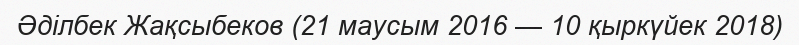
Әділбек Жақсыбеков (21 маусым 2016 — 10 қыркүйек 2018)